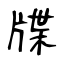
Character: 牒